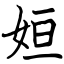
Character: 姮